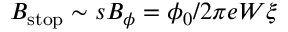
B _ { \mathrm { s t o p } } \sim s B _ { \phi } = \phi _ { 0 } / 2 \pi e W \xi